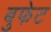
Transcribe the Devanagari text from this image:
बुफेट